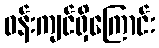
ဝန်းကျင်ရှိကြောင်း